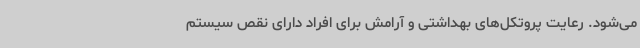
می‌شود. رعایت پروتکل‌های بهداشتی و آرامش برای افراد دارای نقص سیستم